Report on vaccination in Madras 1904-1921 - 1904-1921
Year: 1904
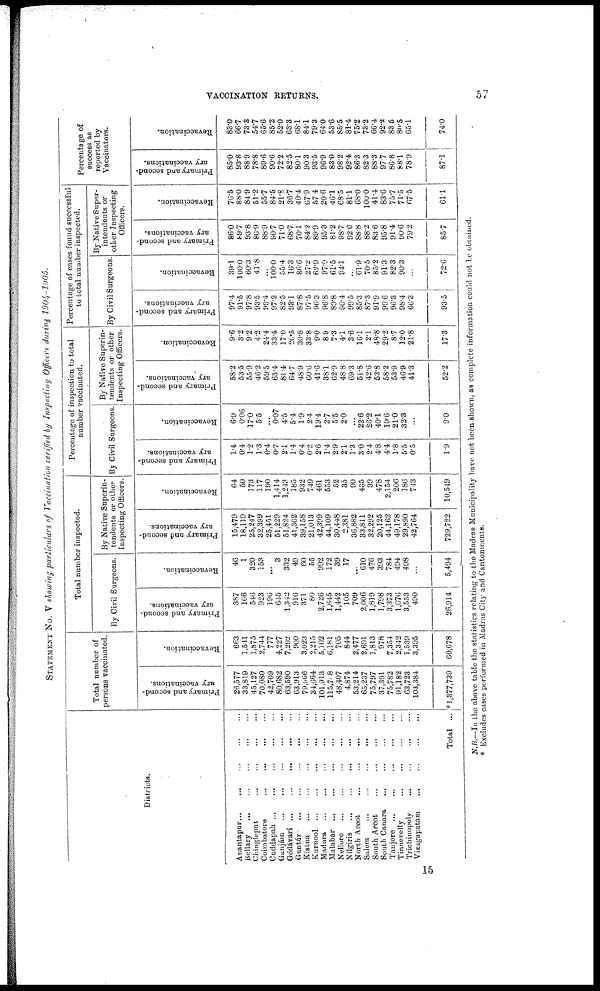
VACCINATION RETURNS.
57
STATEMENT No. V showing particulars of Vaccination verified by Inspecting Officers during 1904-1905.
Districts.
Anantapur ... ... ... ... ...
Bellary
...
...
...
...
...
Chingleput
...
...
...
...
Coimbatore ... ... ... ...
Cuddapah
...
...
...
...
...
Ganjám ... ... ... ... ...
Gódávari
...
...
...
...
...
Guntúr
...
...
...
...
...
Kistna
...
...
...
...
...
Kurnool ... ... ... ... ...
Madura
...
...
...
...
...
Malabar
...
...
...
...
...
Nellore
...
...
...
...
...
Nilgiris
...
...
...
...
...
North Arcot
...
...
...
...
Salem
...
...
...
...
...
South Arcot
...
...
...
...
South Canara
...
...
...
...
Tanjore
...
...
...
...
...
Tinnevelly ... ... ... ...
Trichinopoly ... ... ... ...
Vizagapatam ... ... ... ...
Total ...
Total number of
persons vaccinated.
Primary and second-
ary vaccinations.
26,577
33,819
45,127
70,080
42,709
80,682
63,590
63,913
79,966
34,664
101,913
115,708
48,407
4,874
53,214
65,237
75,797
37,391
75,782
91,182
63,723
103,384
*1,377,739
Revaccination.
663
1,541
1,875
2,744
777
4,227
7,292
900
3,023
2,215
5,102
6,181
705
844
2,477
2,691
1,813
978
7,354
2,342
1,539
3,395
60,678
Total number inspected.
By Civil Surgeons.
Primary and second-
ary vaccinations.
387
166
546
923
196
645
1,342
916
371
80
2,726
1,645
1,442
105
709
2,006
1,819
1,798
3,373
1,676
3,553
490
26,914
Revaccination.
46
1
320
153
...
3
332
49
60
55
992
172
39
17
...
610
476
393
784
494
498
...
5,494
By Native Superin-
tendents or other
Inspecting Officers.
Primary and second-
ary vaccinations.
15,479
18,119
25,247
32,399
25,451
51,229
51,824
41,362
39,158
21,013
42,399
44,109
30,448
2,381
36,882
33,811
32,292
20,125
44,162
49,178
29,890
42,764
729,722
Revaccination.
64
50
173
117
190
1,414
1,243
185
932
749
461
553
52
35
90
435
39
478
2,154
206
186
743
10,549
Percentage of inspection to total
number vaccinated.
By Civil Surgeons.
Primary and second-
ary vaccinations.
1.4
0.4
1.2
1.3
0.4
0.7
2.1
1.4
0.4
0.2
2.6
1.4
2.9
2.1
1.3
3.0
2.4
4.8
4.4
1.8
5.5
0.5
1.9
Revaccination.
6.9
0.06
17.0
5.5
...
0.07
4.5
5.4
1.9
2.4
19.4
2.7
5.5
2.0
...
226
26.2
40.1
10.6
21.0
32.3
...
9.0
By Native Superin-
tendents or other
Inspecting Officers.
Primary and second-
ary vaccinations.
58.2
53.5
55.9
46.2
59.5
63.4
81.4
64.7
48.9
60.6
41.6
38.1
62.9
48.8
69.3
51.8
42.6
53.8
58.2
53.9
46.9
41.3
52.2
Revaccination.
9.6
3.2
9.2
4.2
24.4
33.4
17.0
26.5
30.8
33.8
9.0
8.9
7.3
4.1
3.6
16.1
2.1
48.8
29.2
8.7
12.0
21.8
17.3
Percentage of cases found successful
to total number inspected.
By Civil Surgeons.
Primary and second-
ary vaccinations.
97.4
91.5
97.8
93.5
99.4
97.2
82.5
93.1
87.8
97.5
96.3
96.8
89.8
90.4
99.5
85.3
87.3
91.9
99.6
96.3
98.4
66.3
93.5
Revaccination.
39.1
100.0
60.3
41.8
...
100.0
55.4
16.3
86.6
27.2
62.9
97.0
61.5
94.1
...
61.9
70.5
85.2
91.3
82.3
90.3
...
72.6
By Native Super-
intendents or
other Inspecting
Officers.
Primary and second-
ary vaccinations.
86.0
89.7
93.8
86.9
88.9
90.7
71.0
68.7
70.1
84.2
89.9
95.3
81.2
98.7
92.0
88.8
88.2
83.6
95.8
91.4
90.6
79.2
85.7
Revaccination.
76.5
88.0
84.9
51.2
55.7
84.5
21.8
36.7
40.4
67.9
57.4
20.6
46.1
68.5
81.1
68.0
100.0
41.4
83.6
75.7
71.5
67.5
61.1
Percentage of
success as
reported by
Vaccinators.
Primary and second-
ary vaccinations.
85.0
93.8
88.9
78.8
89.6
90.6
72.2
82.5
80.1
90.3
93.5
96.9
83.0
98.2
92.4
86.3
82.3
88.3
97.7
86.8
88.1
78.9
87.1
Revaccination.
83.0
66.7
73.3
54.7
65.6
85.2
52.0
63.3
68.1
84.1
79.3
64.0
53.6
85.5
81.4
75.2
73.2
66.4
92.2
83.6
80.5
65.1
74.0
N.B.—In the above table the statistics relating to the Madras Municipality have not been shown, as complete information could not be obtained.
* Excludes cases performed in Madras City and Cantonments.
15